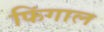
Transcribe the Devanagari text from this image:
फिंगाल